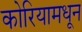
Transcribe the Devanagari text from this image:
कोरियामधून